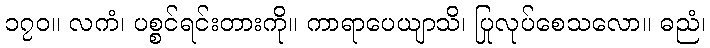
၁၇၀။ လကံ၊ ပစ္စင်ရင်းတားကို။ ကာရာပေယျာသိ၊ ပြုလုပ်စေသလော။ ဓညံ၊